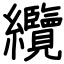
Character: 纜